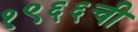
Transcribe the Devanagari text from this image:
१९६६ची